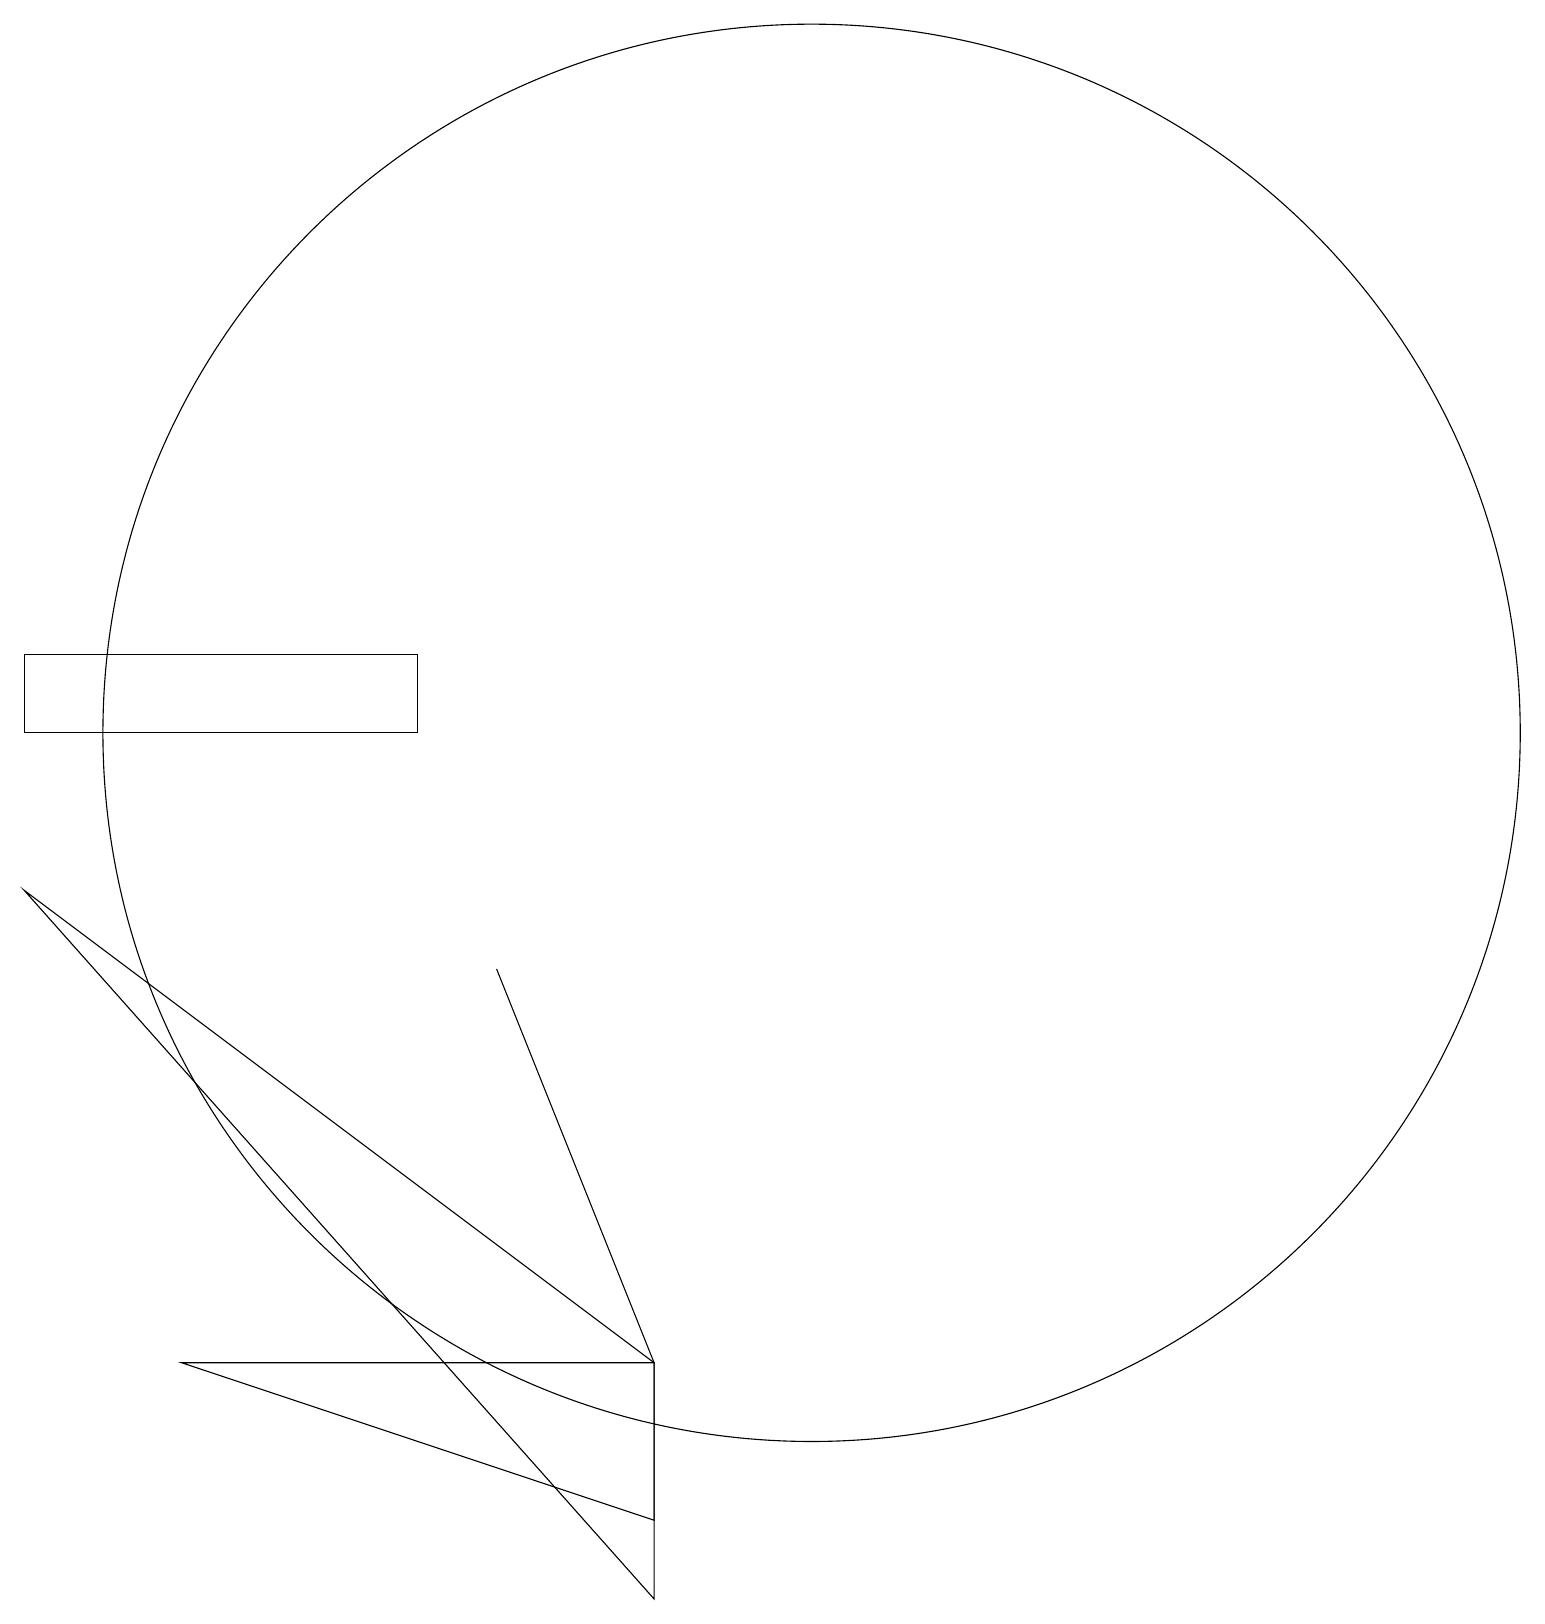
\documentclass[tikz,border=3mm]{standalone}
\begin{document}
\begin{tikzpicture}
\draw (8,0) -- (0,9) -- (8,3) -- cycle;
\draw (8,1) -- (8,3) -- (2,3) -- cycle;
\draw (0,11) rectangle (5,12);
\draw (8,3) -- (6,8) -- (6,8) -- cycle;
\draw (10,11) circle (9);
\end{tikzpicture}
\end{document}